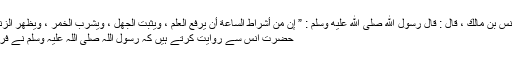
عَنْ أَنَسِ بْنِ مَالِكٍ ، قَالَ : قَالَ رَسُولُ اللّٰهِ صَلَّى اللّٰهُ عَلَيْهِ وَسَلَّمَ : ” إِنَّ مِنْ أَشْرَاطِ السَّاعَةِ أَنْ يُرْفَعَ الْعِلْمُ ، وَيَثْبُتَ الْجَهْلُ ، وَيُشْرَبَ الْخَمْرُ ، وَيَظْهَرَ الزِّنَا ” .
حضرت انس سے روایت کرتے ہیں کہ رسول اللہ صلی اللہ علیہ وسلم نے فرمایا۔